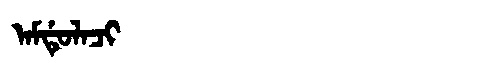
Manchu: ᠠᠮᡩᡠᠯᠠᠴᡳ
Romanization: AMDULACI